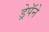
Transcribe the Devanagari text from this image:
ड्रेपॅने